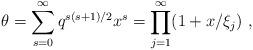
LaTeX: \begin{align*}\theta =\sum _{s=0}^{\infty}q^{s(s+1)/2}x^s=\prod _{j=1}^{\infty}(1+x/\xi _j)~,\end{align*}